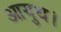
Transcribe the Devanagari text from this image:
आयुध।